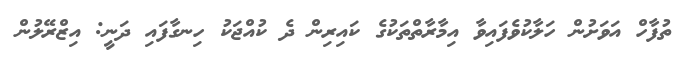
ތުފާހް އަވަށުން ހަލާކުވެފައިވާ އިމާރާތްތަކުގެ ކައިރިން ދެ ކުއްޖަކު ހިނގާފައި ދަނީ: އިޒްރޭލުން